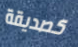
كصديقة